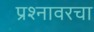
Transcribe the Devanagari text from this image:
प्रश्नावरचा